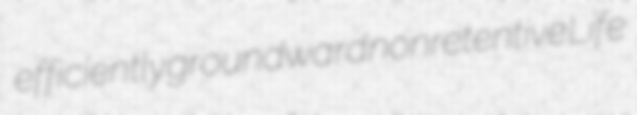
efficiently groundward nonretentive Life